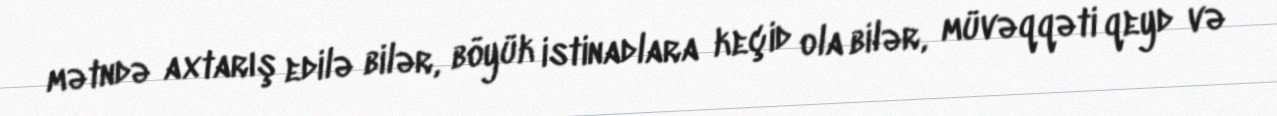
mətndə axtarış edilə bilər, böyük istinadlara keçid ola bilər, müvəqqəti qeyd və